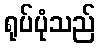
ရုပ်ပုံသည်